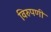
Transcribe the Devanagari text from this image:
विरुपणी